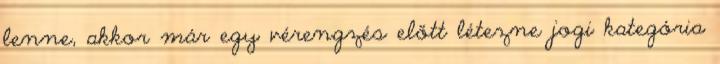
lenne, akkor már egy vérengzés előtt létezne jogi kategória